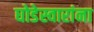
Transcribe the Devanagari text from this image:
घोडेस्वारांना